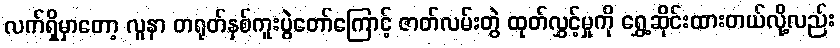
လက်ရှိမှာတော့ လူနာ တရုတ်နှစ်ကူးပွဲတော်ကြောင့် ဇာတ်လမ်းတွဲ ထုတ်လွှင့်မှုကို ရွှေ့ဆိုင်းထားတယ်လို့လည်း